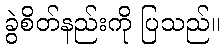
ခွဲစိတ်နည်းကို ပြသည်။